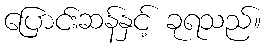
ပြောင်းဆန်နှင့် ခုရသည်။